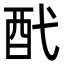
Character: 䣧